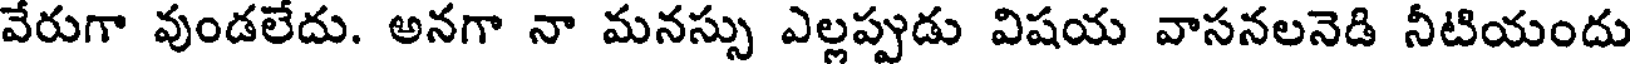
వేరుగా వుండలేదు. అనగా నా మనస్సు ఎల్లప్పుడు విషయ వాసనలనెడి నీటియందు